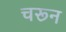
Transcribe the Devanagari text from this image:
चरून